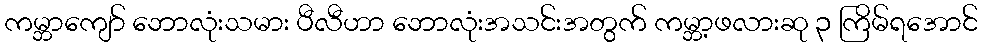
ကမ္ဘာကျော် ဘောလုံးသမား ပီလီဟာ ဘောလုံးအသင်းအတွက် ကမ္ဘာ့ဖလားဆု ၃ ကြိမ်ရအောင်